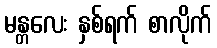
မန္တလေး နှစ်ရက် စာလိုက်